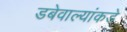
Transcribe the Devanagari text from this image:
डबेवाल्यांकडे